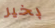
بخير